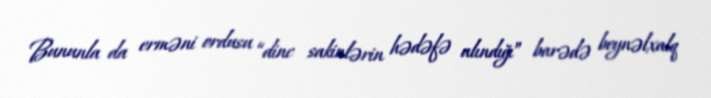
Bununla da erməni ordusu “dinc sakinlərin hədəfə alındığı” barədə beynəlxalq